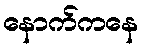
နောက်ကနေ